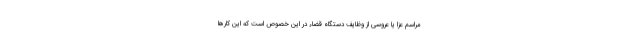
مراسم عزا یا عروسی از وظایف دستگاه قضاء در این خصوص است که این کارها